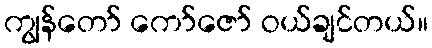
ကျွန်တော် ကော်ဇော် ဝယ်ချင်တယ်။